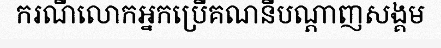
ករណីលោកអ្នកប្រើគណនីបណ្តាញសង្គម